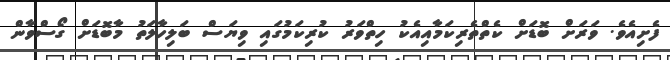
ފެށިއެވެ. ވަރަށް ބޮޑަށް ކެތްތެރިކަމާއިއެކު ހިތްވަރު ކުރިކަމުގައި ވިޔަސް ބަލިހާލަތު މާބޮޑަށް ގޯސްވާން